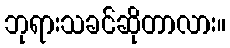
ဘုရားသခင်ဆိုတာလား။